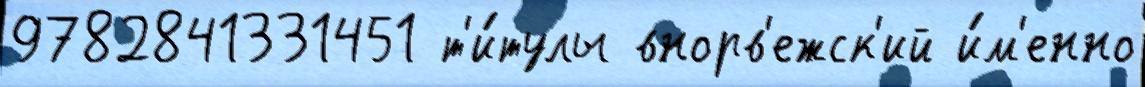
9782841331451 т'и́тулы внорв'ежск'ий и́м'енно